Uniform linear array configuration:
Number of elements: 4
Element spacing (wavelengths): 0.5
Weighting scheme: kaiser
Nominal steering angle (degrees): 15
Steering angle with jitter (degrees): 15.753
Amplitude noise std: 0.05
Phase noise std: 0.05

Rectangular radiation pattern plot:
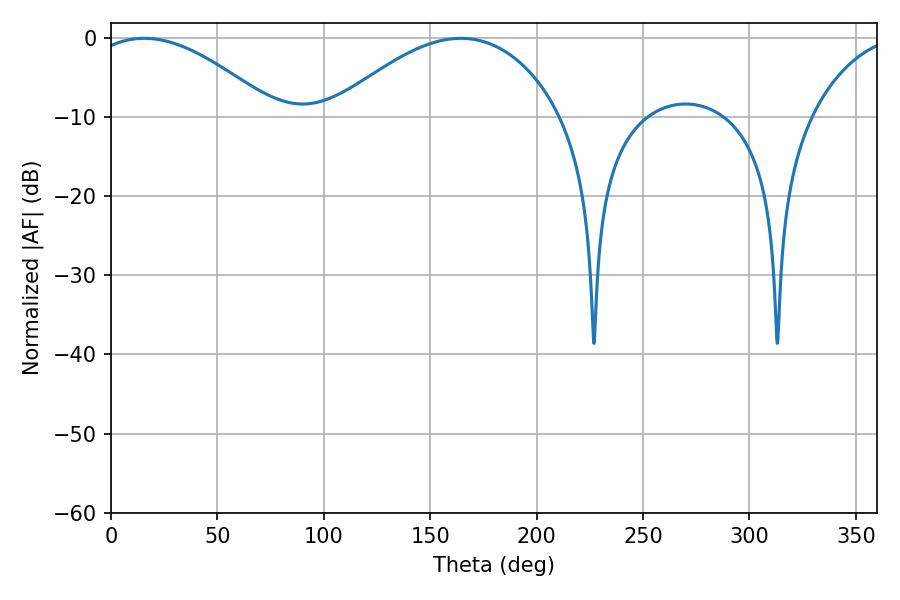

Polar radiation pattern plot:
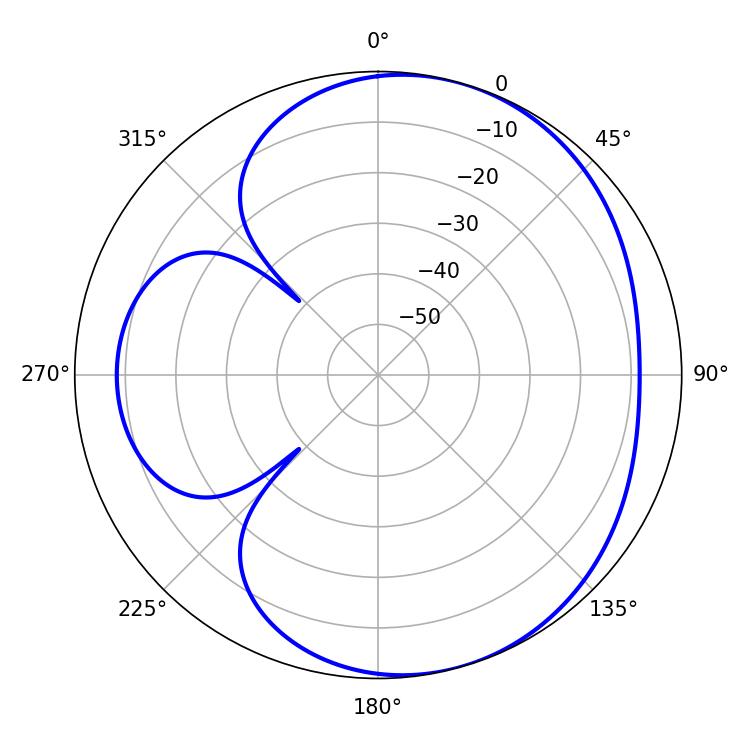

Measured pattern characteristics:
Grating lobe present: FALSE
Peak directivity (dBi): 4.924
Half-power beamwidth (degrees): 48.06
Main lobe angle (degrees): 15.66